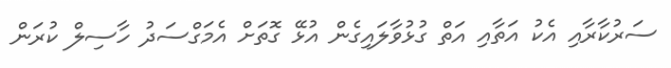
ސަރުކާރާއި އެކު އަތާއި އަތް ގުޅުވާލައިގެން އުޅޭ ގޮތަށް އެމަގްސަދު ހާސިލް ކުރަން